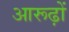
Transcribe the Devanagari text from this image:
आरूढ़ों